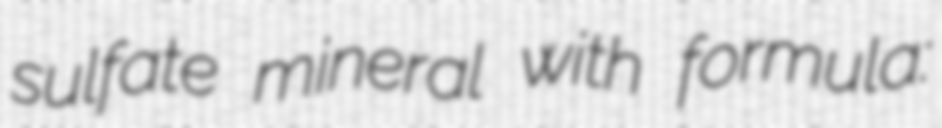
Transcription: sulfate mineral with formula: